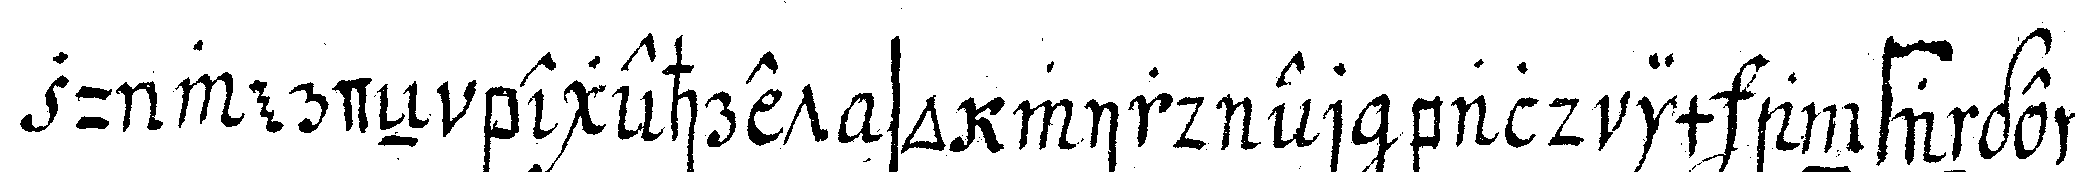
zu werdeN begehret so wird er bald im anfange